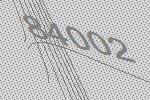
84002